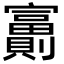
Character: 𡬂